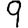
Digit: 9